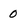
Character: 0